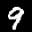
Label: 9